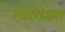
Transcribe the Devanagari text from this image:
न्यागमन